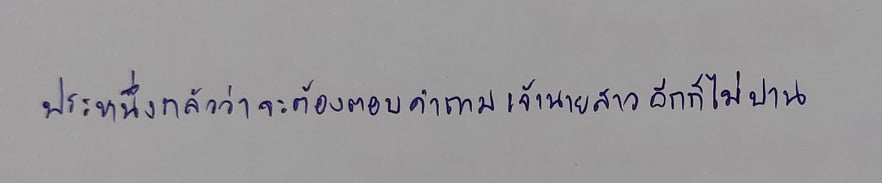
ประหนึ่งกลัวว่าจะต้องตอบคำถามเจ้านายสาวอีกก็ไม่ปาน